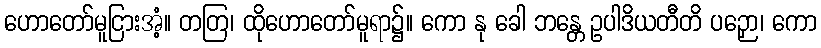
ဟောတော်မူငြားအံ့။ တတြ၊ ထိုဟောတော်မူရာ၌။ ကော နု ခေါ ဘန္တေ ဥပါဒိယတီတိ ပဉှော၊ ကော